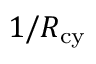
1 / R _ { \mathrm { c y } }